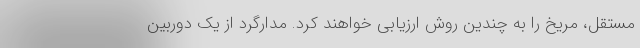
مستقل، مریخ را به چندین روش ارزیابی خواهند کرد. مدارگرد از یک دوربین